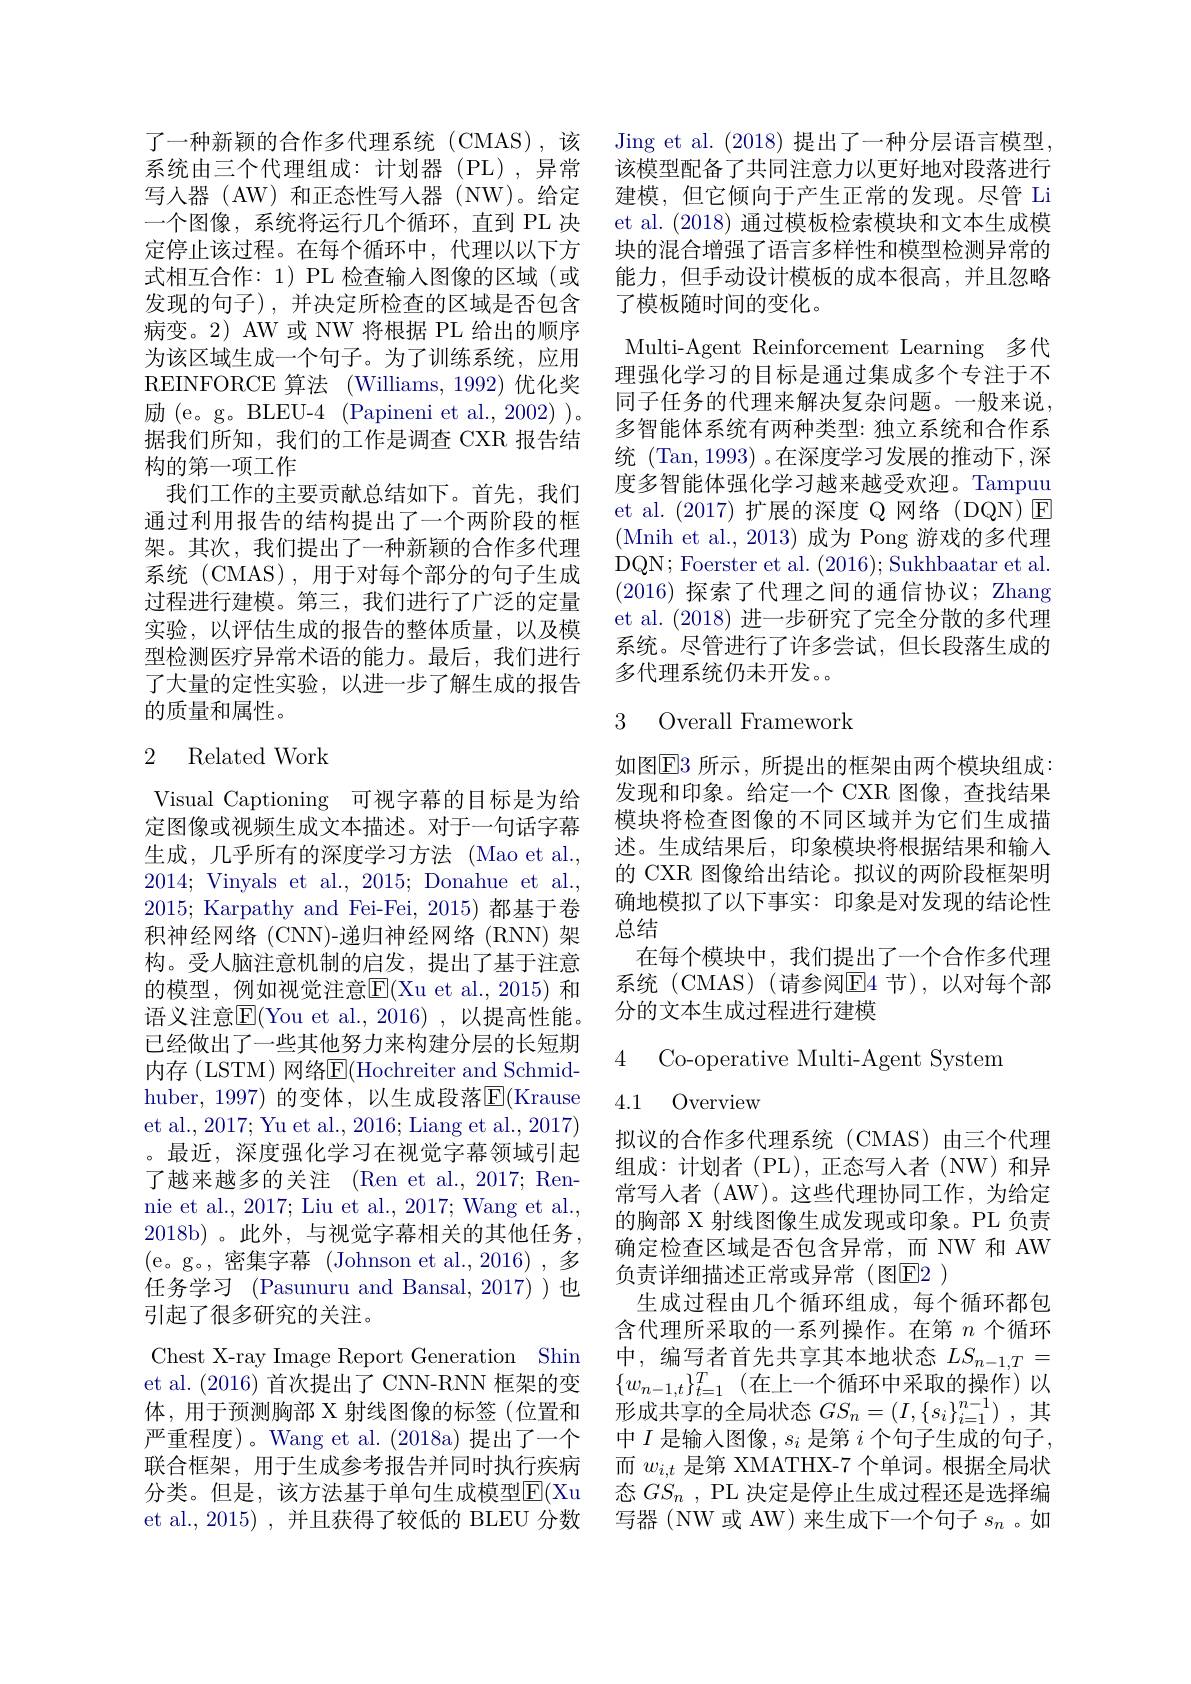
了一种新颖的合作多代理系统(CMAS),该系统由三个代理组成：计划器(PL),异常写人器 (AW) 和正态性写人器 (NW)。给定一个图像，系统将运行几个循环，直到 PL 决定停止该过程。在每个循环中，代理以以下方式相互合作：1) PL 检查输入图像的区域(或发现的句子),并决定所检查的区域是否包含病变。2) AW 或 NW 将根据 PL 给出的顺序为该区域生成一个句子。为了训练系统，应用REINFORCE 算法 (Williams, 1992) 优化奖励 (e。g。BLEU-4 (Papineni et al., 2002) )。据我们所知，我们的工作是调查 CXR 报告结构的第一项工作
我们工作的主要贡献总结如下。首先，我们通过利用报告的结构提出了一个两阶段的框架。其次，我们提出了一种新颖的合作多代理系统(CMAS),用于对每个部分的句子生成过程进行建模。第三，我们进行了广泛的定量实验，以评估生成的报告的整体质量，以及模型检测医疗异常术语的能力。最后，我们进行了大量的定性实验，以进一步了解生成的报告的质量和属性。

## 2 Related Work

Visual Captioning 可视字幕的目标是为给定图像或视频生成文本描述。对于一句话字幕生成，几乎所有的深度学习方法 (Mao et al., 2014;Vinyals et al., 2015; Donahue et al., 2015; Karpathy and Fei-Fei, 2015)都基于卷积神经网络(CNN)-递归神经网络(RNN)架构。受人脑注意机制的启发，提出了基于注意的模型，例如视觉注意$\overline{\mathrm{E}}($Xu et al.,2015) 和语义注意|E|(You et al., 2016) , 以提高性能。已经做出了一些其他努力来构建分层的长短期内存 (LSTM) 网络$\underline{\mathrm{E}}($Hochreiter and Schmidhuber, 1997) 的变体，以生成段落$\overline{\mathrm{E}}($Krause et al., 2017; Yu et al., 2016; Liang et al., 2017) 。最近，深度强化学习在视觉字幕领域引起了越来越多的关注 (Ren et al., 2017; Rennie et al., 2017; Liu et al., 2017; Wang et al., 2018b)。此外，与视觉字幕相关的其他任务， (e。g。,密集字幕 (Johnson et al.,2016),多任务学习 (Pasunuru and Bansal, 2017) )也引起了很多研究的关注。
Chest X-ray Image Report Generation Shin et al. (2016)首次提出了 CNN-RNN 框架的变体，用于预测胸部 X 射线图像的标签(位置和严重程度)。Wang et al. (2018a) 提出了一个联合框架，用于生成参考报告并同时执行疾病分类。但是，该方法基于单句生成模型$\overline{\mathrm{E}}($Xu et al., 2015) , 并且获得了较低的 BLEU 分数

Jing et al. (2018) 提出了一种分层语言模型， 该模型配备了共同注意力以更好地对段落进行建模，但它倾向于产生正常的发现。尽管 Li et al. (2018)通过模板检索模块和文本生成模块的混合增强了语言多样性和模型检测异常的能力，但手动设计模板的成本很高，并且忽略了模板随时间的变化。

Multi-Agent Reinforcement Learning 多代

理强化学习的目标是通过集成多个专注于不同子任务的代理来解决复杂问题。一般来说， 多智能体系统有两种类型：独立系统和合作系统 (Tan, 1993) 。在深度学习发展的推动下 , 深度多智能体强化学习越来越受欢迎。Tampuu et al.(2017)扩展的深度 Q 网络(DQN)E (Mnih et al., 2013)成为 Pong 游戏的多代理DQN; Foerster et al. (2016);Sukhbaatar et al. (2016)探索了代理之间的通信协议；Zhang et al. (2018)进一步研究了完全分散的多代理系统。尽管进行了许多尝试，但长段落生成的多代理系统仍未开发。

## 3 Overall Framework

如图$\overline{\mathrm{E}}3$ 所示，所提出的框架由两个模块组成： 发现和印象。给定一个 CXR 图像，查找结果模块将检查图像的不同区域并为它们生成描述。生成结果后，印象模块将根据结果和输入的 CXR 图像给出结论。拟议的两阶段框架明确地模拟了以下事实：印象是对发现的结论性总结
在每个模块中，我们提出了一个合作多代理系统(CMAS)(请参阅E4节),以对每个部分的文本生成过程进行建模

4 Co-operative Multi-Agent System

4.1 Overview

拟议的合作多代理系统(CMAS)由三个代理组成：计划者(PL),正态写人者(NW)和异常写入者 (AW)。这些代理协同工作，为给定的胸部 X 射线图像生成发现或印象。PL 负责确定检查区域是否包含异常，而 NW 和 AW 负责详细描述正常或异常(图E2 )
生成过程由几个循环组成，每个循环都包含代理所采取的一系列操作。在第$n$个循环中，编写者首先共享其本地状态$LS_{n-1,T}=$ $\{w_{n-1,t}\}_{t=1}^T$(在上一个循环中采取的操作)以形成共享的全局状态$GS_n= ( I, \{ s_i\} _{i= 1}^{n- 1})$ ,其中$I$是输人图像，$s_i$是第$i$个句子生成的句子， 而$w_{i,t}$是第 XMATHX-7 个单词。根据全局状态$GS_n$ , PL 决定是停止生成过程还是选择编写器 (NW 或 AW) 来生成下一个句子$s_n$ 。如